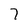
Character: 7